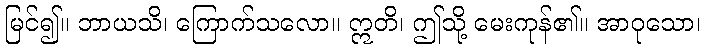
မြင်၍။ ဘာယသိ၊ ကြောက်သလော။ ဣတိ၊ ဤသို့ မေးကုန်၏။ အာဝုသော၊